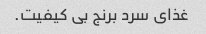
غذای سرد برنج بی کیفیت.